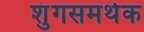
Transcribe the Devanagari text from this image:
शुंगसमर्थक